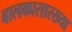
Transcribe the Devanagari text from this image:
बालकासारख्या